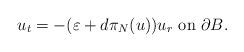
LaTeX: \begin{align*} u_t=-(\varepsilon+d\pi_N(u)) u_r\hbox{ on } \partial B.\end{align*}